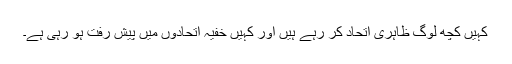
کہیں کچھ لوگ ظاہری اتحاد کر رہے ہیں اور کہیں خفیہ اتحادوں میں پیش رفت ہو رہی ہے۔